Mental hospitals Bombay report 1921-28 - 1921-1928
Year: 1921
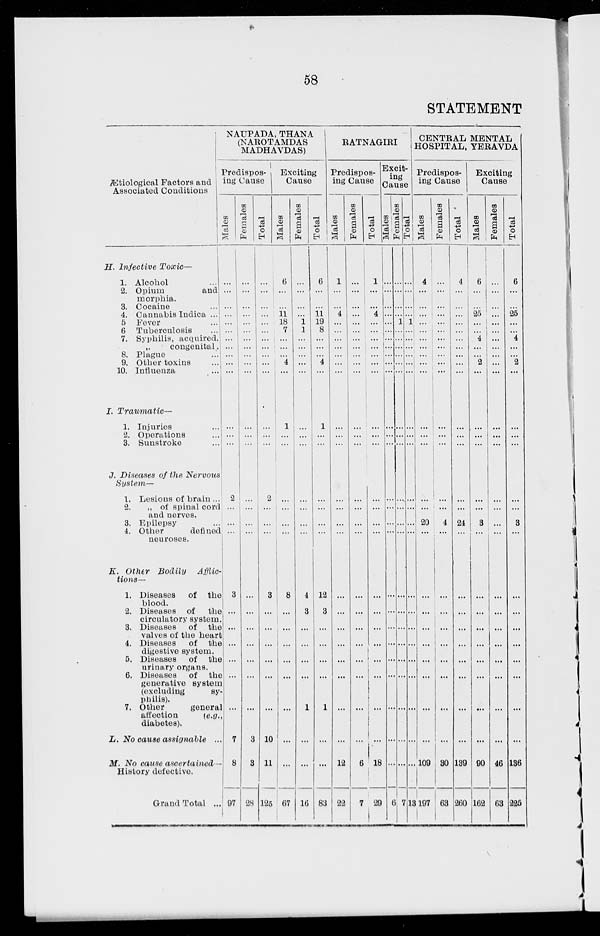
58
STATEMENT
Ætiological Factors and
Associated Conditions
H. Infective
Toxic—
1. Alcohol ...
2. Opium
and
morphia.
3. Cocaine ...
4. Cannabis Indica ...
5 Fever ...
6 Tuberculosis
...
7. Syphilis, acquired.
„
congenital.
8. Plague
...
9. Other toxins
...
10. Influenza ...
I.
Traumatic—
1. Injuries ...
2. Operations ...
3. Sunstroke
...
J. Diseases of the Nervous
System—
1. Lesions of brain ...
2.
„ of spinal cord
and nerves.
3. Epilepsy ...
4. Other
defined
neuroses.
K. Other Bodily
Afflic-
tions—
1. Diseases
of the
blood.
2. Diseases of
the
circulatory system.
3. Diseases
of the
valves of the heart
4. Diseases
of the
digestive system.
5. Diseases
of the
urinary organs.
6. Diseases
of
the
generative system
(excluding
sy-
philis).
7. Other
general
affection
(e.g.,
diabetes).
L. No cause assignable ...
M. No cause ascertained—
History defective.
Grand Total ...
NAUPADA, THANA
(NAROTAMDAS
MADHAVDAS)
Predispos-
ing Cause
Males
...
...
...
...
...
...
...
...
...
...
...
...
...
...
2
...
...
...
3
...
...
...
...
...
...
7
8
97
Females
...
...
...
...
...
...
...
...
...
...
...
...
...
...
...
...
...
...
...
...
...
...
...
...
...
3
3
28
Total
...
...
...
...
...
...
...
...
...
...
...
...
...
...
2
...
...
...
3
...
...
...
...
...
...
10
11
125
Exciting
Cause
Males
6
...
...
11
18
7
...
...
...
4
...
1
...
...
...
...
...
...
8
...
...
...
...
...
...
...
...
67
Females
...
...
...
...
1
1
...
...
...
...
...
...
...
...
...
...
...
...
4
3
...
...
...
...
1
...
...
16
Total
6
...
...
11
19
8
...
...
...
4
...
1
...
...
...
...
...
...
12
3
...
...
...
...
1
...
...
83
RATNAGIRI
Predispos-
ing Cause
Males
1
...
...
4
...
...
...
...
...
...
...
...
...
...
...
...
...
...
...
...
...
...
...
...
...
...
12
22
Females
...
...
...
...
...
...
...
...
...
...
...
...
...
...
...
...
...
...
...
...
...
...
...
...
...
...
6
7
Total
1
...
...
4
...
...
...
...
...
...
...
...
...
...
...
...
...
...
...
...
...
...
...
...
...
...
18
29
Excit-
ing
Cause
Males
...
...
...
...
...
...
...
...
...
...
...
...
...
...
...
...
...
...
...
...
...
...
...
...
...
...
...
6
Femaies
...
...
...
...
1
...
....
...
...
...
...
...
...
...
...
...
...
...
...
...
...
...
...
...
...
...
...
7
Total
...
...
...
...
1
...
...
...
...
...
...
...
...
...
...
...
...
...
...
...
...
...
...
...
...
...
...
13
CENTRAL MENTAL
HOSPITAL, YERAVDA
Predispos-
ing Cause
Males
4
...
...
...
...
...
...
...
...
...
...
...
...
...
...
...
20
...
...
...
...
...
...
...
...
...
109
197
Females
...
...
...
...
...
...
...
...
...
...
...
...
...
...
...
...
4
...
...
...
...
...
...
...
...
...
30
63
Total
4
...
...
...
...
...
...
...
...
...
...
...
...
...
...
...
24
...
...
...
...
...
...
...
...
...
139
260
Exciting
Cause
Males
6
...
...
25
...
...
4 ...
...
2
...
...
...
...
...
...
3
...
...
...
...
...
...
...
...
...
90
162
Females
...
...
...
...
...
...
...
...
...
...
...
...
...
...
...
...
...
...
...
...
...
...
...
...
...
...
46
63
Total
6
...
...
25
...
...
4
...
...
2
...
...
...
...
...
...
3
...
...
...
...
...
...
...
...
...
136
225